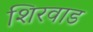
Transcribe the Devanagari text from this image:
शिरवाड